Report of the Indian Hemp Drugs Commission, 1894-1895 - Volume I
Year: 1894
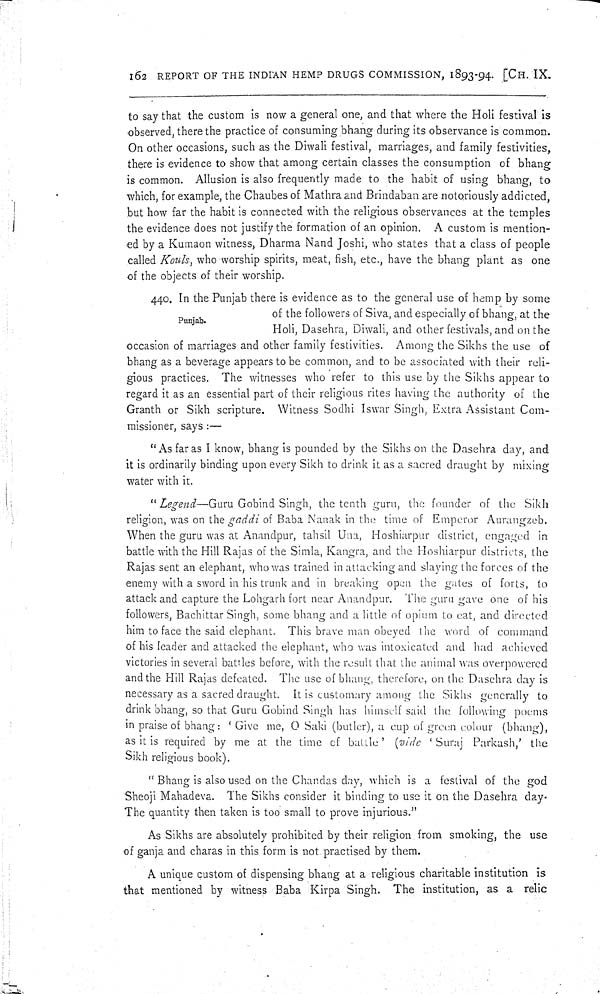
162 REPORT OF THE INDIAN HEMP DRUGS COMMISSION, 1893-94. [CH. IX.
to say that the custom is now a general one, and that where the Holi festival is
observed, there the practice of consuming bhang during its observance is common.
On other occasions, such as the Diwali festival, marriages, and family festivities,
there is evidence to show that among certain classes the consumption of bhang
is common. Allusion is also frequently made to the habit of using bhang, to
which, for example, the Chaubes of Mathra and Brindaban are notoriously addicted,
but how far the habit is connected with the religious observances at the temples
the evidence does not justify the formation of an opinion. A custom is mention-
ed by a Kumaon witness, Dharma Nand Joshi, who states that a class of people
called Kouls, who worship spirits, meat, fish, etc., have the bhang plant as one
of the objects of their worship.
Punjab.
440. In the Punjab there is evidence as to the general use of hemp by some
of the followers of Siva, and especially of bhang, at the
Holi, Dasehra, Diwali, and other festivals, and on the
occasion of marriages and other family festivities. Among the Sikhs the use of
bhang as a beverage appears to be common, and to be associated with their reli-
gious practices. The witnesses who refer to this use by the Sikhs appear to
regard it as an essential part of their religious rites having the authority of the
Granth or Sikh scripture. Witness Sodhi Iswar Singh, Extra Assistant Com-
missioner, says:—
"As far as I know, bhang is pounded by the Sikhs on the Dasehra day, and
it is ordinarily binding upon every Sikh to drink it as a sacred draught by mixing
water with it.
"Legend—Guru Gobind Singh, the tenth guru, the founder of the Sikh
religion, was on the gaddi of Baba Nanak in the time of Emperor Aurangzeb.
When the guru was at Anandpur, tahsil Una, Hoshiarpur district, engaged in
battle with the Hill Rajas of the Simla, Kangra, and the Hoshiarpur districts, the
Rajas sent an elephant, who was trained in attacking and slaying the forces of the
enemy with a sword in his trunk and in breaking open the gates of forts, to
attack and capture the Lohgarh fort near Anandpur. The guru gave one of his
followers, Bachittar Singh, some bhang and a little of opium to eat, and directed
him to face the said elephant. This brave man obeyed the word of command
of his leader and attacked the elephant, who was intoxicated and had achieved
victories in several battles before, with the result that the animal was overpowered
and the Hill Rajas defeated. The use of bhang, therefore, on the Dasehra day is
necessary as a sacred draught. It is customary among the Sikhs generally to
drink bhang, so that Guru Gobind Singh has himself said the following poems
in praise of bhang: 'Give me, O Saki (butler), a cup of green colour (bhang),
as it is required by me at the time of battle' (vide 'Suraj Parkash,' the
Sikh religious book).
"Bhang is also used on the Chandas day, which is a festival of the god
Sheoji Mahadeva. The Sikhs consider it binding to use it on the Dasehra day.
The quantity then taken is too small to prove injurious."
As Sikhs are absolutely prohibited by their religion from smoking, the use
of ganja and charas in this form is not practised by them.
A unique custom of dispensing bhang at a religious charitable institution is
that mentioned by witness Baba Kirpa Singh. The institution, as a relic